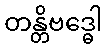
တန္တိဗဒ္ဓေါ